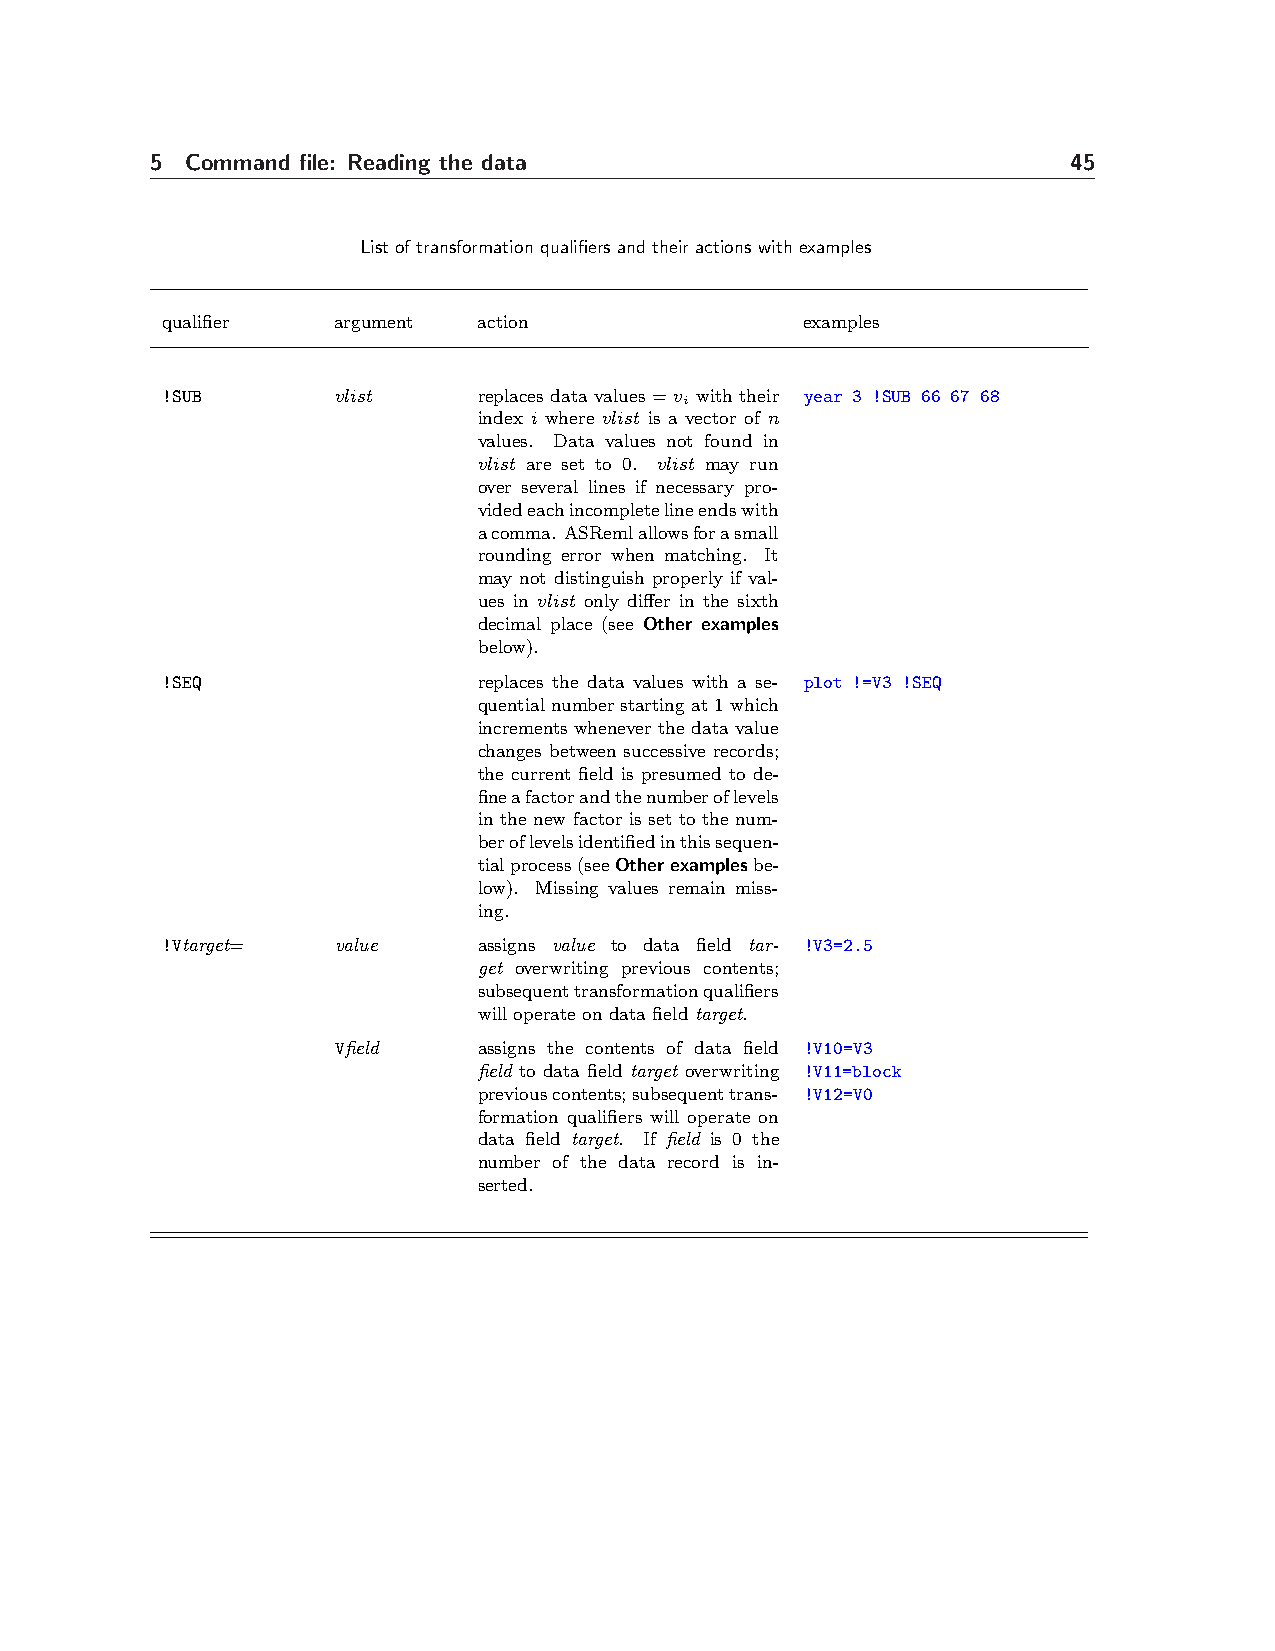
5 Command file: Reading the data                             45
 List of transformation qualifiers and their actions with examples
 qualifier  argument  action               examples
 !SUB       vlist     replaces data values = v with their year 3 !SUB 66 67 68
 i
 index i where vlist is a vector of n
 values. Data values not found in
 vlist are set to 0. vlist may run
 over several lines if necessary pro-
 videdeachincompletelineendswith
 acomma. ASRemlallowsforasmall
 rounding error when matching. It
 may not distinguish properly if val-
 ues in vlist only differ in the sixth
 decimal place (see Other examples
 below).
 !SEQ                 replaces the data values with a se- plot !=V3 !SEQ
 quentialnumberstartingat1which
 increments whenever the data value
 changes between successive records;
 the current field is presumed to de-
 fineafactorandthenumberoflevels
 in the new factor is set to the num-
 beroflevelsidentifiedinthissequen-
 tialprocess(seeOtherexamplesbe-
 low). Missing values remain miss-
 ing.
 !Vtarget=  value     assigns value to data field tar- !V3=2.5
 get overwriting previous contents;
 subsequenttransformationqualifiers
 will operate on data field target.
 Vfield    assigns the contents of data field !V10=V3
 field to data field target overwriting !V11=block
 previouscontents;subsequenttrans- !V12=V0
 formation qualifiers will operate on
 data field target. If field is 0 the
 number of the data record is in-
 serted.